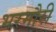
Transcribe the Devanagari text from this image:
भरमौरी